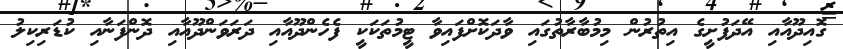
ގޮއިދޫއާއި އޭދަފުށީގެެ އިތުރުން މިމުބާރާތުގައި ވާދަކޮށްފައިވާ ޓީމުތަކަކީ ފެހެންދޫއާއި ދަރަވަންދޫއާއި ދޮންފަނާއި ކުޑަރިކިލު